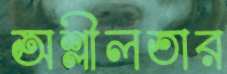
অশ্লীলতার